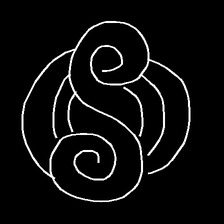
Glyph: wind-underfoot